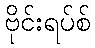
ဗိုင်းရပ်စ်